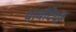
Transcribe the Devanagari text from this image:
पाबंदियौं